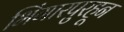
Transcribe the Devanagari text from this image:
भिंगारपुरहून